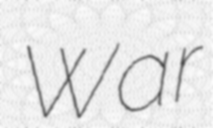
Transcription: War